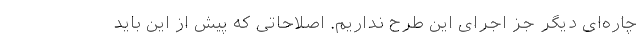
چاره‌ای دیگر جز اجرای این طرح نداریم. اصلاحاتی که پیش از این باید